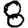
Digit: 8